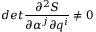
d e t \frac { \partial ^ { 2 } S } { \partial \alpha ^ { j } \partial q ^ { i } } \neq 0